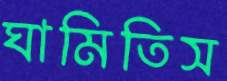
ঘামিতিস